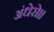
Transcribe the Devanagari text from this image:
अंधेरो॥